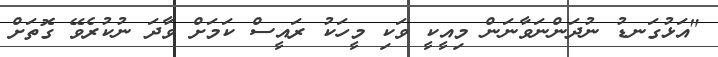
"އަޅުގަނޑު ނުދަންނަވާނަން މިއީކީ ވަކި މީހަކު ރައީސް ކަމަށް ވާދަ ނުކުރެވޭ ގޮތަށް